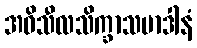
အဓိသီလသိက္ခာသမာဒါနံ